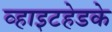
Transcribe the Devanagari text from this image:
व्हाइटहेडके